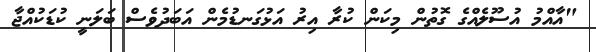
"އާއްމު އުސޫލެއްގެ ގޮތުން މިކަން ކުރާ އިރު އަޅުގަނޑުމެން އަބަދުވެސް ބަލަނީ ކުޑަކުއްޖާ